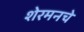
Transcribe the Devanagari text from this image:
शेरमनचे